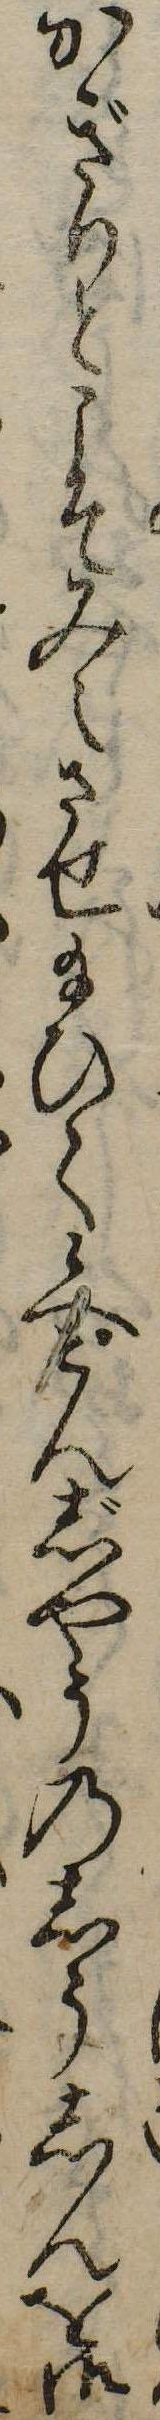
かぎりとこそみえさせ給ひて候へこんじやうのしうしんを御